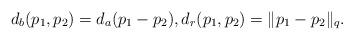
LaTeX: \begin{align*}d_b(p_1, p_2) = d_a(p_1- p_2),d_r(p_1, p_2) = \|p_1- p_2\|_{q}.\end{align*}